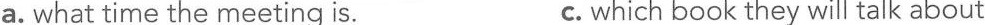
. a. what time the meeting is. c. which book they will talk about.